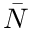
\bar { N }